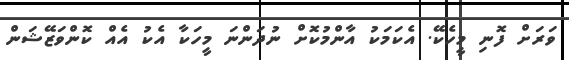
ވަރަށް ފޮނި މީހެކޭ. އެކަމަކު އާންމުކޮށް ނުދަންނަ މީހަކާ އެކު އެއް ކޮންވަޒޭޝަން